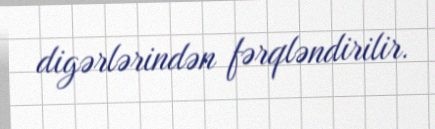
digərlərindən fərqləndirilir.